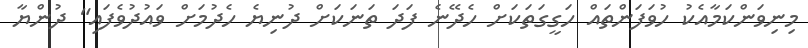
މިނިވަންކަމާއެކު ހުވަފަންތައް ހަގީގަތަކަށް ހެދޭނެ ފަދަ ތަނަކަށް ދުނިޔެ ހެދުމަށް ވައުދުވެފައި" ދުންޔާ